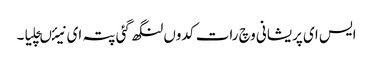
ایس ای پریشانی وچ رات کدوں لنگھ گئی پتہ ای نیئںچلیا۔